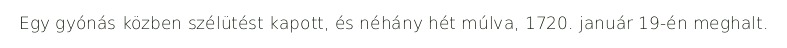
Egy gyónás közben szélütést kapott, és néhány hét múlva, 1720. január 19-én meghalt.